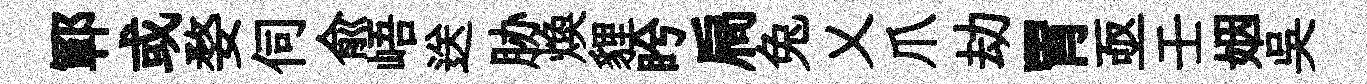
鄆或婺伺兪峿送胁焕貍盻扃兔乂爪劫胃亟壬姻吳